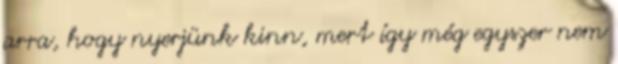
arra, hogy nyerjünk kinn, mert így még egyszer nem